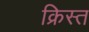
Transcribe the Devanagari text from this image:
क्रिस्त